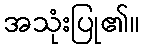
အသုံးပြု၏။